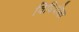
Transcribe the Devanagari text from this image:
विधिदीक्षा